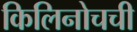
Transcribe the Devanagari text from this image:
किलिनोचची